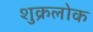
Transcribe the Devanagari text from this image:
शुक्रलोक